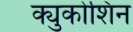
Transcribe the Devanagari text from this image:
क्युकोशिन